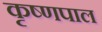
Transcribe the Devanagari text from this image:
कृष्णपाल